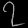
Digit: ၇